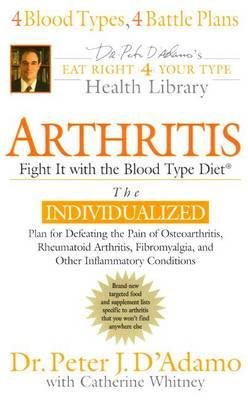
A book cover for [(Arthritis: Fight it with the Blood Type Diet)] [Author: Peter D'Adamo] published on (July, 2006); Peter D'Adamo; Health, Fitness & Dieting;